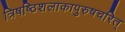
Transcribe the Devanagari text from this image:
त्रिषष्ठिशलाकापुरुषचरित्